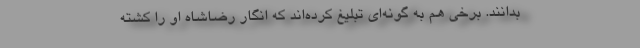
بدانند. برخی هم به گونه‌ای تبلیغ کرده‌اند که انگار رضاشاه او را کشته